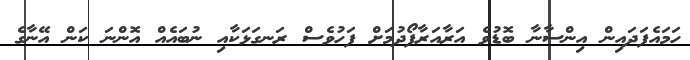
ހަމައެފަދައިން އިންސާނާ ބޮޑުވެ އަރާއަރާފޯދުމަށް ފަހުވެސް ރަނގަޅަކާއި ނުބައެއް އޮންނަ ކަން އޭނާގެ